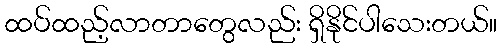
ထပ်ထည့်လာတာတွေလည်း ရှိနိုင်ပါသေးတယ်။